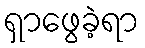
ရှာဖွေခဲ့ရာ